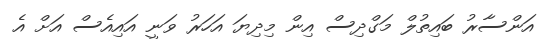
އަންސާރު ބައިތުލް މަގްދިސް އިން މިދިޔަ އަހަރު ވަނީ އައިއެސް އަަށް އެ